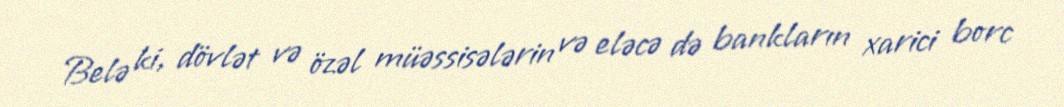
Belə ki, dövlət və özəl müəssisələrin və eləcə də bankların xarici borc